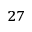
^ { 2 7 }